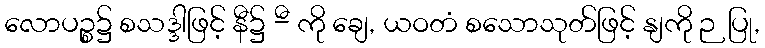
လောပဉ္စ၌ စသဒ္ဒါဖြင့် နီ၌ -ီ ကို ချေ, ယဝတံ စသောသုတ်ဖြင့် နျကို ဉပြု,